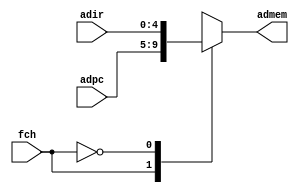
module mux2_1(adir, adpc, fch, admem);

input [4:0] adir;
input [4:0] adpc;
input fch;
output [4:0] admem;

reg [4:0] admem;

    always @ (fch,adpc,adir) begin
        
        case (fch)
            1'b1 : admem = adpc; 
          
            1'b0 : admem = adir;
        endcase
    end

endmodule